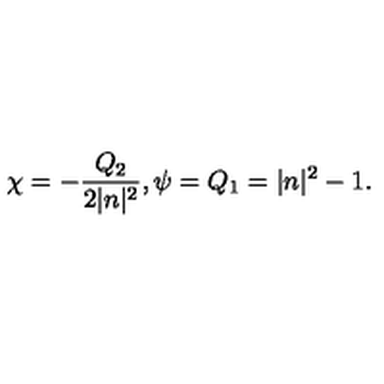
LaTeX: \chi = - \frac { Q _ { 2 } } { 2 | n | ^ { 2 } } , \psi = Q _ { 1 } = | n | ^ { 2 } - 1 .